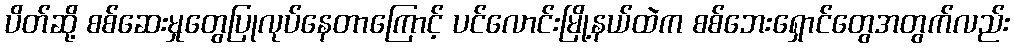
ပိတ်ဆို့ စစ်ဆေးမှုတွေပြုလုပ်နေတာကြောင့် ပင်လောင်းမြို့နယ်ထဲက စစ်ဘေးရှောင်တွေအတွက်လည်း